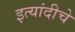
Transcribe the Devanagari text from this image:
इत्यांदीचे